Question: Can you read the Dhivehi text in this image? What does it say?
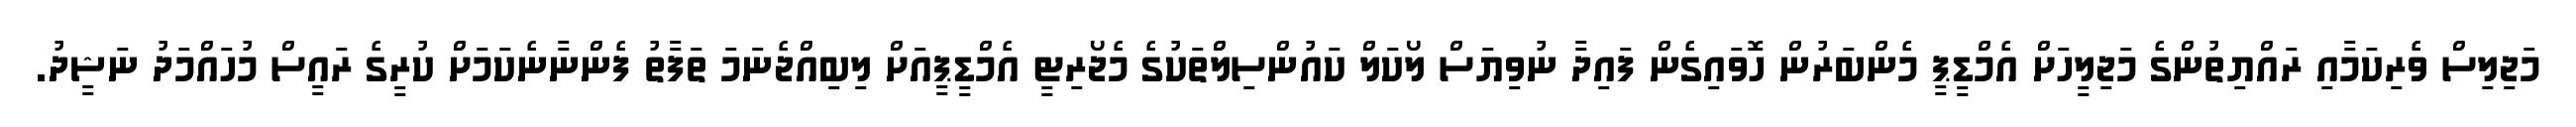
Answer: މަޖިލިސް ވެރިކަމާއި ރައްޔިތުންގެ މަޖިލީހަށް އެމްޑީޕީ މެންބަރުން ހޮވައިގެން ފައިދާ ނުވިޔަސް ލޯކަލް ކައުންސިލްތަކުގެ މެޖޯރިޓީ އެމްޑީޕީއަށް ލިބިއްޖެނަމަ ތަފާތު ފެންނާނެކަމަށް ކުރީގެ ރައީސް މުހައްމަދު ނަޝީދު.